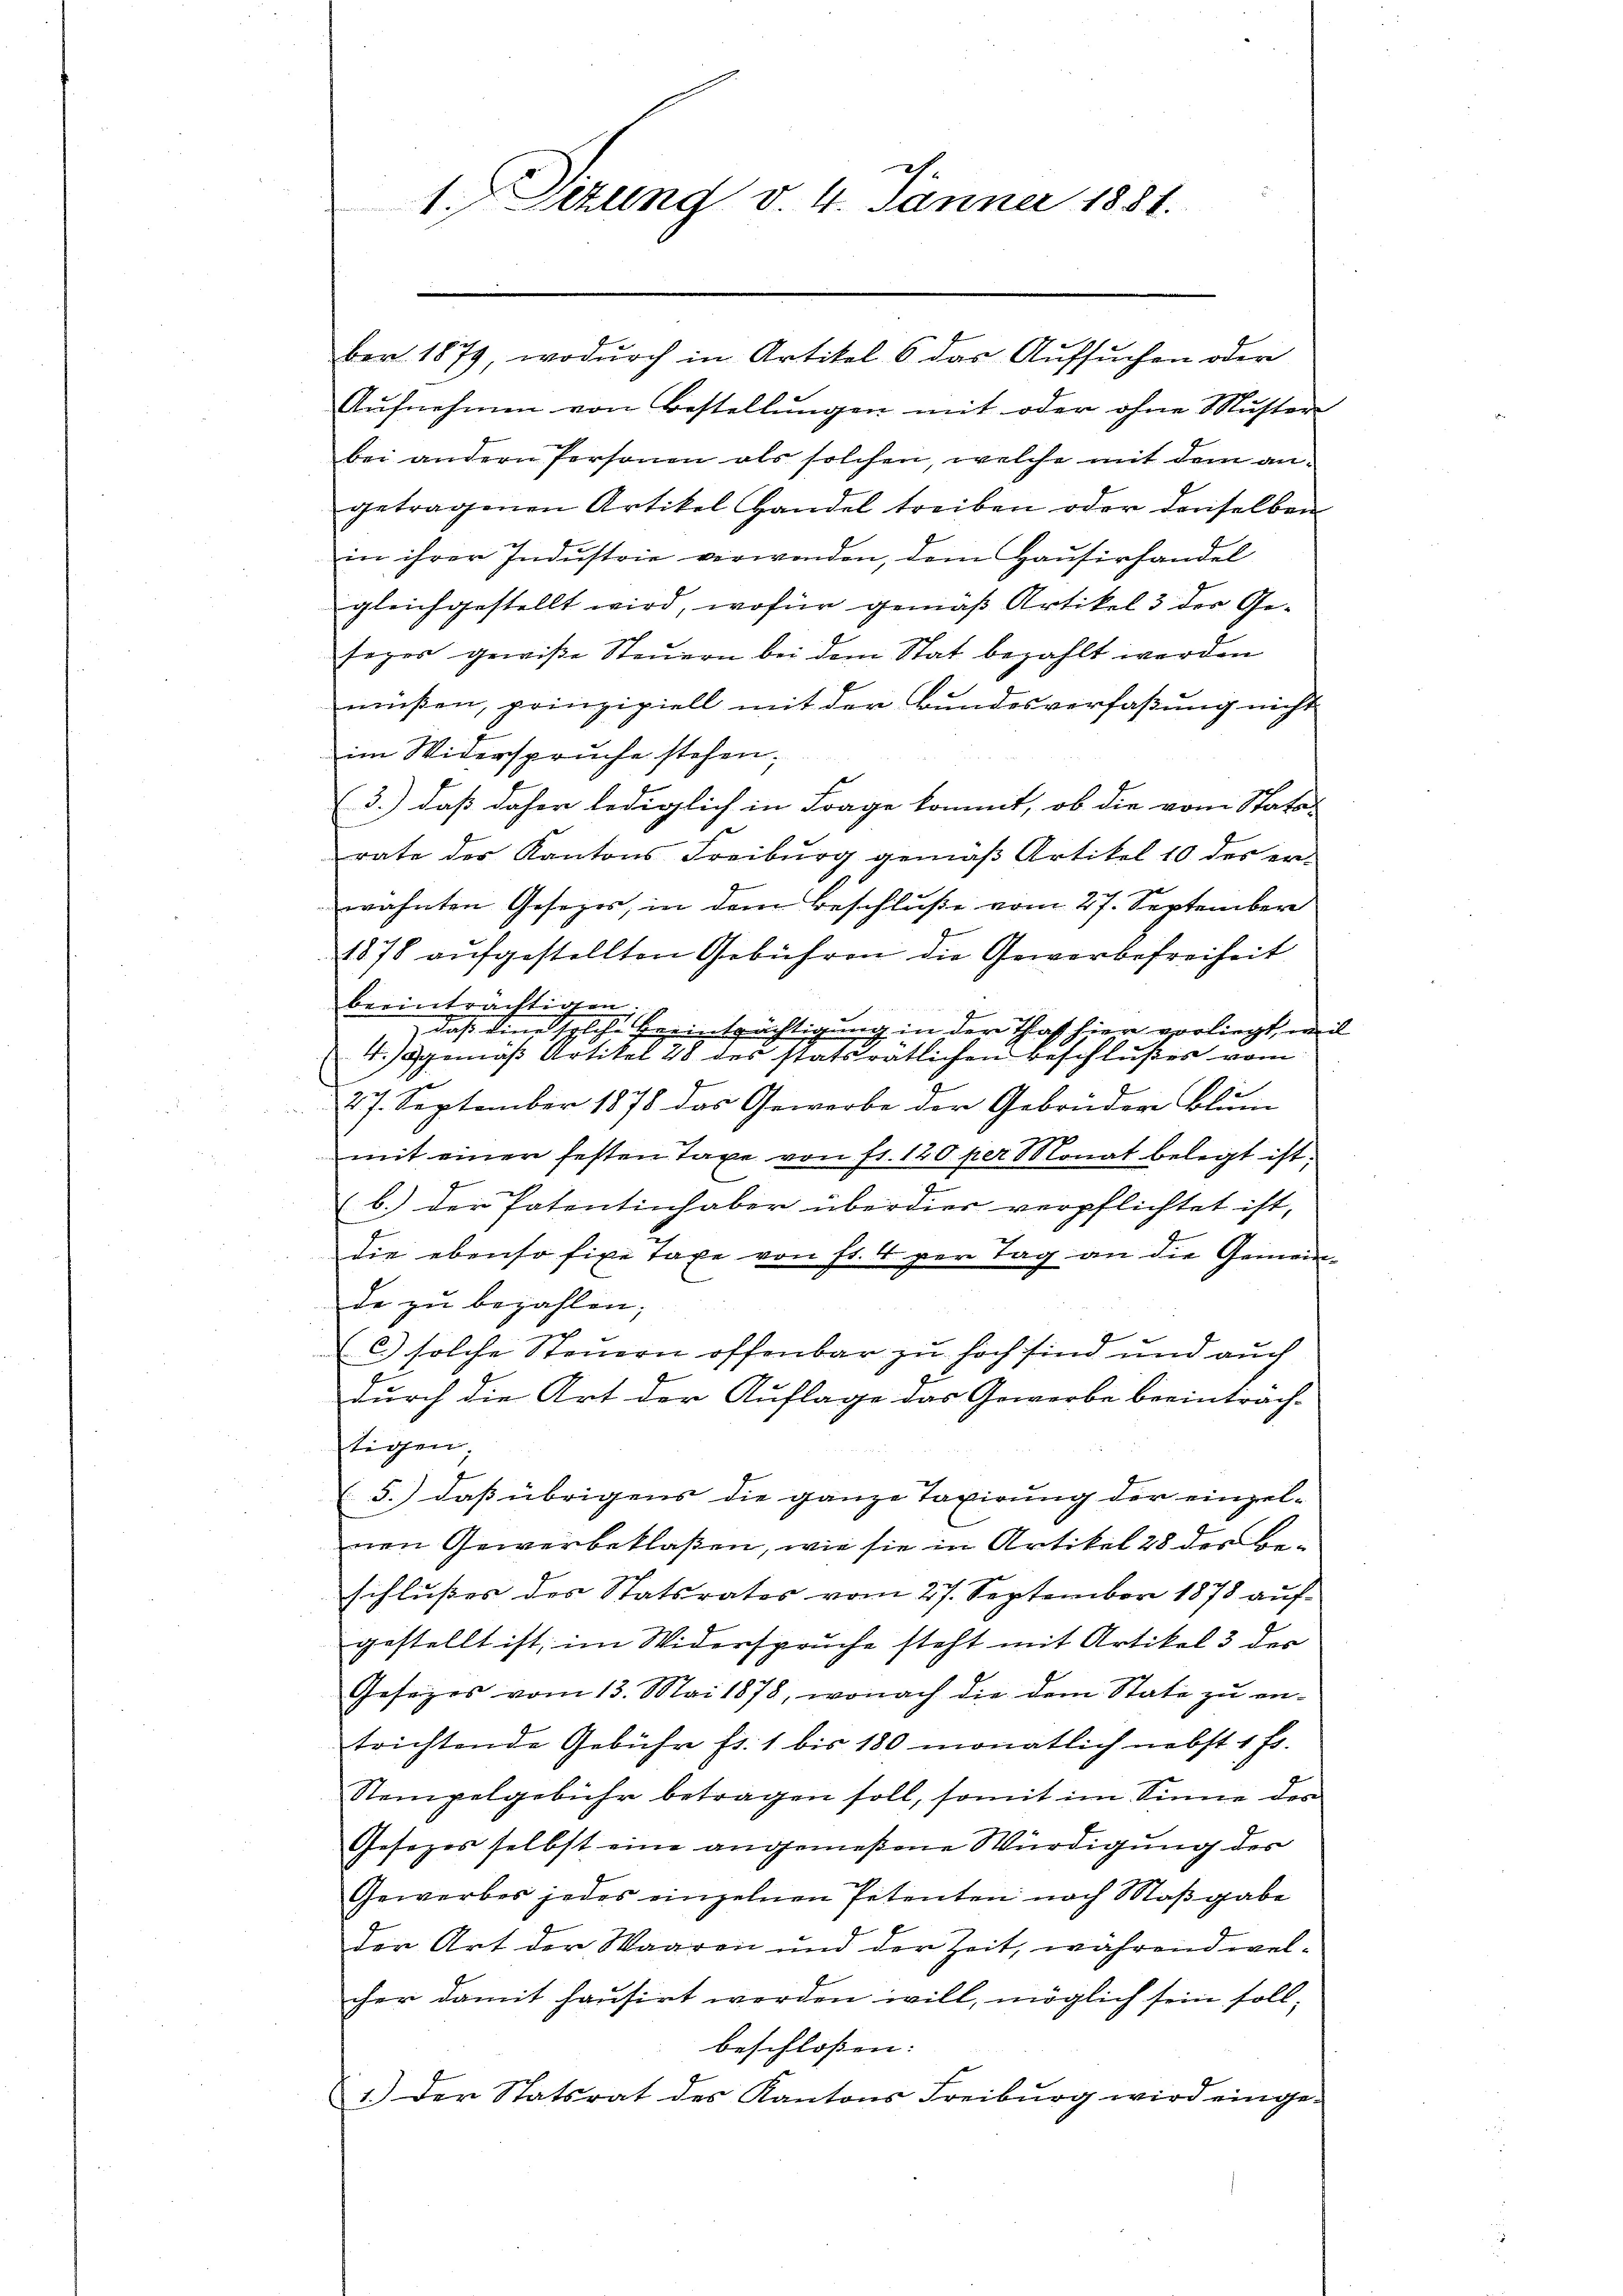
1. Sizung d. 4. Jänner 1881.

ber 1879, wodurch in Artikel 6 das Aufsuchen oder
Aufnehmen von Bestellungen mit oder ohne Muster
bei andern Personen als solchen, welche mit dem an-
getragenen Artikel Handel treiben oder derselben
in ihrer Industrie verwenden, dem Hausirhandel
gleichgestellt wird, wofür gemäß Artikel 3 der Gesozos gewiße Steuern bei dem Stat bezahlt werden
müßen, prinzipiell mit der Bundesverfaßung nicht
im Widerspruche stehen;
(3.) daß daher lediglich in Frage kommt, ob die vom Stata-
rate der Kantons Freiburg gemäß Artikel 10 des er-
wähnten Gesezes, in dem Beschluße vom 27. September
1878 aufgestellten Gebühren die Gewerbefreiheit
beeinträchtigten
f
daß eine solche Beeinträchtigung in der Thaft hier vorliegt er i
4.) gemäß Artikel 28 des statsrätlichen Beschlußes vom
27. September 1878 das Gewerbe der Gebrüder Blum
mit einer festen Taxe von fr. 120 per Monat belegt ist.
e
b.) der Patentinhaber überdier verpflichtet ist,
die ebenso fixe Taxe von fr. 4 per Tag an die Gemeinde zu bezahlen;
c.) solche Steuern offenbar zu hoch sind und auch
durch die Art der Auflage das Gewerbe beeintrach-
tigen.
(5.) dass übrigens die ganze Taxirung der einzel-
nen Gewerbeklaßen, wie sie in Artikel 28 der Be-
schlußes des Statsrates vom 27. September 1878 aŭf-
gestellt ist, im Widerspruche steht mit Artikel 3 der
Gesetzes vom 13. Mai 1878, wonach die dem State zu entrichtende Gebühr fl. 1 bis 180 monatlich nebst 1 Fr.
Stempelgebühr betragen soll, somit im Sinne des
Gesezes selbst eine angemeßene Würdigung der
Gewerbes jedes einzelnen Petenten nach Maßgabe
der Art der Waaren und der Zeit, während welcher damit hausirt werden will, möglich sein soll,
beschlossen:
1.) Der Statsrat des Kantons Freiburg wird einge¬